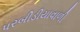
પરબીડીયાવાળી